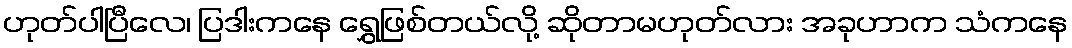
ဟုတ်ပါပြီလေ၊ ပြဒါးကနေ ရွှေဖြစ်တယ်လို့ ဆိုတာမဟုတ်လား အခုဟာက သံကနေ